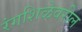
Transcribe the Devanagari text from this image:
रंगशिळेवरील